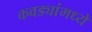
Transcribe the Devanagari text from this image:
कवड्यांमध्ये